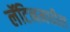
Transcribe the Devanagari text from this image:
लॅटिनमधील